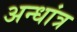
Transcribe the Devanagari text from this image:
अन्धांत्र